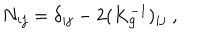
N _ { i j } = \delta _ { i j } - 2 ( K _ { \mathbf { g } } ^ { - 1 } ) _ { i j } ~ ,